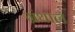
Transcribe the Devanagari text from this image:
ग्रंथाल